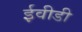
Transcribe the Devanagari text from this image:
ईवीडी